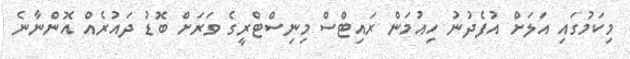
މިކަމުގައި އަލަށް އުފެދުނު ހިއުމަން ރައިޓްސް މިނިސްޓްރީގެ ވަރަށް ބޮޑު ދައުރެއް އޮންނާނެ